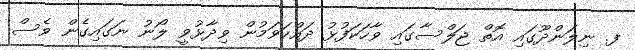
ފ. ނިލަންދޫގައި އޮތް ޖަލްސާގައި ވާހަކަފުޅު ދައްކަވަމުން ވިދާޅުވީ ލޯނު ނަގައިގެން ވެސް